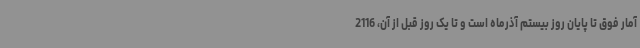
آمار فوق تا پایان روز بیستم آذرماه است و تا یک روز قبل از آن، 2116